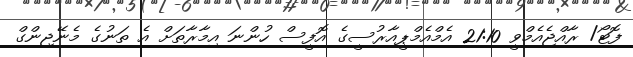
ފޮޓޯ/ ރާއްޖެއެމްވީ 21:10 އެމްއެމްޕީއާރުސީގެ އޮފީސް ހުންނަ އިމާރާތަށް އެ ތަނުގެ މެނޭޖިންގް